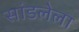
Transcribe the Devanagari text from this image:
सांडलेला